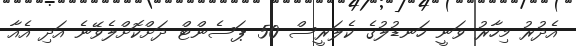
އެދުރު މިހާރު ވަނީ ހަނޑުލުގެ ކެލަރީސް 50 ޕަސެންޓް ދަށްކޮށްލެވޭނެ އަދި އެއާ